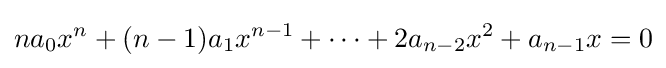
na_{0}x^{n}+(n-1)a_{1}x^{n-1}+\cdots +2a_{n-2}x^{2}+a_{n-1}x=0